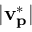
| \mathbf { v _ { p } ^ { * } } |